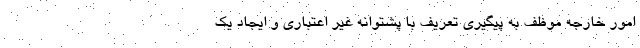
امور خارجه موظف به پیگیری تعریف با پشتوانه غیر اعتباری و ایجاد یک